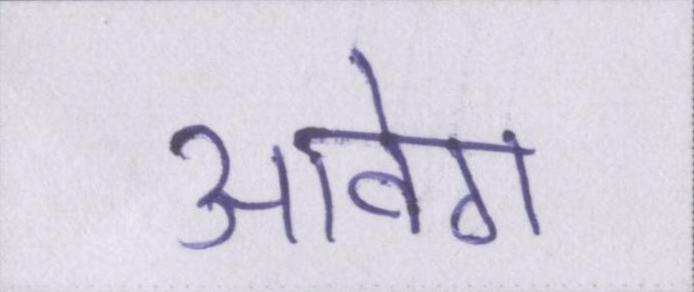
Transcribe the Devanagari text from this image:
आवेग